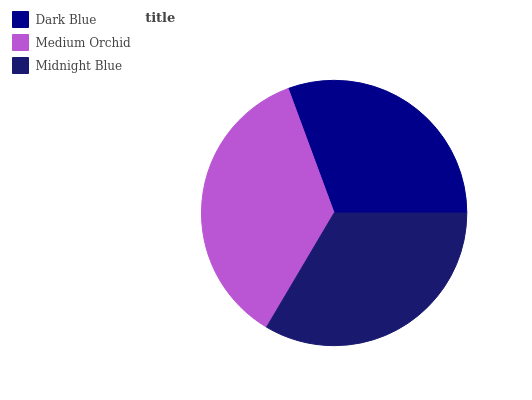
| Dark Blue | Medium Orchid | Midnight Blue |
 | --- | --- | --- |
 | 30.6% | 35.8% | 33.6% |